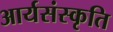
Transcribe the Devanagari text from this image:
आर्यसंस्कृति